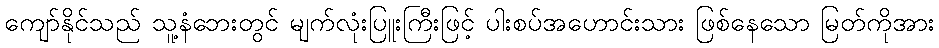
ကျော်နိုင်သည် သူ့နံဘေးတွင် မျက်လုံးပြူးကြီးဖြင့် ပါးစပ်အဟောင်းသား ဖြစ်နေသော မြတ်ကိုအား